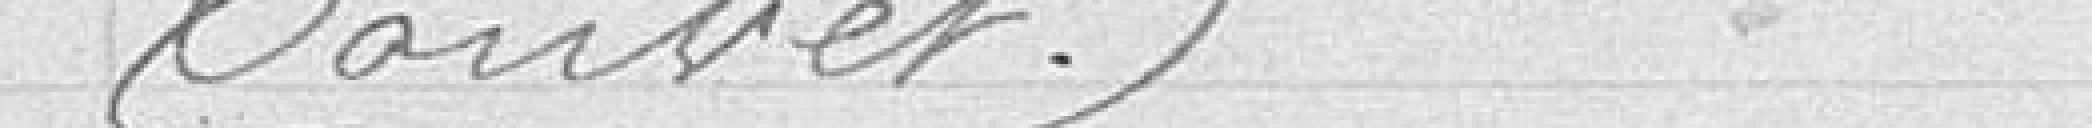
Tauvet